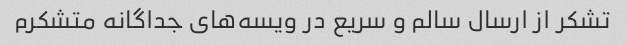
تشکر از ارسال سالم و سریع در ویسه‌های جداگانه متشکرم